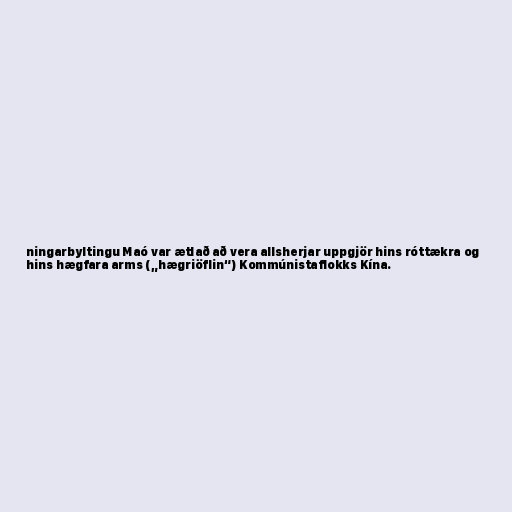
ningarbyltingu Maó var ætlað að vera allsherjar uppgjör hins róttækra og
hins hægfara arms („hægriöflin“) Kommúnistaflokks Kína.